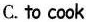
C.to cook